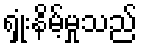
ရှုံးနိမ့်မှုသည်